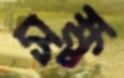
সুক্ষ